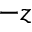
- z